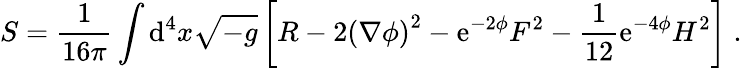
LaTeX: S=\frac{1}{16\pi}\int\mathrm{d}^{4}x\sqrt{-g}\left[R-2\left(\nabla\phi\right)^{2}-\mathrm{e}^{-2\phi}F^{2}-\frac{1}{12}\mathrm{e}^{-4\phi}H^{2}\right]\; .